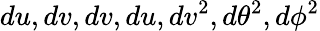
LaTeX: du,dv,dv,du,dv^{2},d\theta^{2},d\phi^{2}